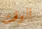
الوقت